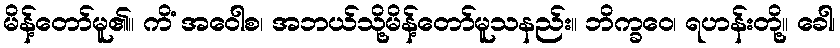
မိန့်တော်မူ၏။ ကိံ အဝေါစ၊ အဘယ်သို့မိန့်တော်မူသနည်း။ ဘိက္ခဝေ၊ ရဟန်းတို့။ ခေါ၊